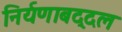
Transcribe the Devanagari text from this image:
निर्यणाबद्दल